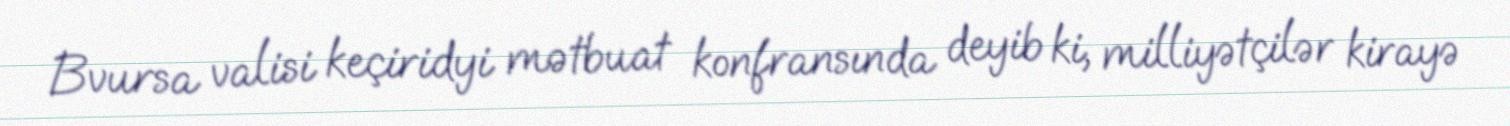
Bvursa valisi keçiridyi mətbuat konfransında deyib ki, milliyətçilər kirayə